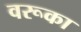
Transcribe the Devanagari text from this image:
वरूका